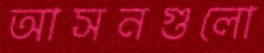
আসনগুলো